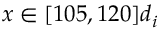
x \in [ 1 0 5 , 1 2 0 ] d _ { i }